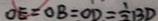
O E = O B = O D = \frac { 1 } { 2 } B D